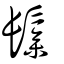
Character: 鬖